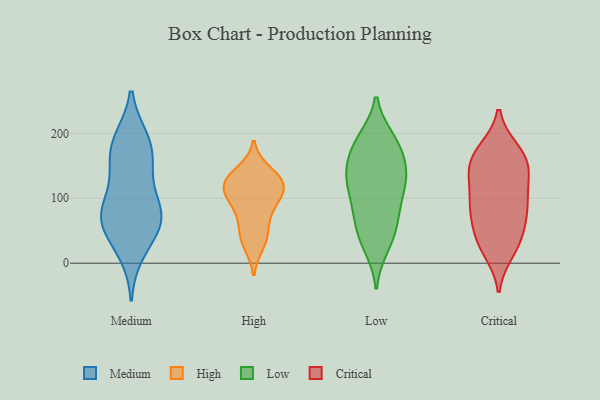
{"axis": {"x": "Headcount", "y": "Value"}, "legend": ["Critical", "High", "Low", "Medium"], "data": [{"x": "", "y": 67, "type": "Medium"}, {"x": "", "y": 173, "type": "Medium"}, {"x": "", "y": 189, "type": "Medium"}, {"x": "", "y": 155, "type": "Medium"}, {"x": "", "y": 74, "type": "Medium"}, {"x": "", "y": 187, "type": "Medium"}, {"x": "", "y": 83, "type": "Medium"}, {"x": "", "y": 18, "type": "Medium"}, {"x": "", "y": 69, "type": "Medium"}, {"x": "", "y": 132, "type": "Medium"}, {"x": "", "y": 79, "type": "Medium"}, {"x": "", "y": 46, "type": "Medium"}, {"x": "", "y": 87, "type": "High"}, {"x": "", "y": 29, "type": "High"}, {"x": "", "y": 124, "type": "High"}, {"x": "", "y": 108, "type": "High"}, {"x": "", "y": 49, "type": "High"}, {"x": "", "y": 126, "type": "High"}, {"x": "", "y": 38, "type": "High"}, {"x": "", "y": 98, "type": "High"}, {"x": "", "y": 74, "type": "High"}, {"x": "", "y": 141, "type": "High"}, {"x": "", "y": 128, "type": "High"}, {"x": "", "y": 112, "type": "High"}, {"x": "", "y": 126, "type": "High"}, {"x": "", "y": 113, "type": "Low"}, {"x": "", "y": 88, "type": "Low"}, {"x": "", "y": 132, "type": "Low"}, {"x": "", "y": 138, "type": "Low"}, {"x": "", "y": 72, "type": "Low"}, {"x": "", "y": 31, "type": "Low"}, {"x": "", "y": 43, "type": "Low"}, {"x": "", "y": 163, "type": "Low"}, {"x": "", "y": 177, "type": "Low"}, {"x": "", "y": 135, "type": "Low"}, {"x": "", "y": 192, "type": "Low"}, {"x": "", "y": 24, "type": "Low"}, {"x": "", "y": 121, "type": "Low"}, {"x": "", "y": 104, "type": "Low"}, {"x": "", "y": 72, "type": "Low"}, {"x": "", "y": 192, "type": "Low"}, {"x": "", "y": 190, "type": "Low"}, {"x": "", "y": 160, "type": "Low"}, {"x": "", "y": 58, "type": "Low"}, {"x": "", "y": 140, "type": "Low"}, {"x": "", "y": 88, "type": "Critical"}, {"x": "", "y": 19, "type": "Critical"}, {"x": "", "y": 149, "type": "Critical"}, {"x": "", "y": 158, "type": "Critical"}, {"x": "", "y": 37, "type": "Critical"}, {"x": "", "y": 124, "type": "Critical"}, {"x": "", "y": 126, "type": "Critical"}, {"x": "", "y": 30, "type": "Critical"}, {"x": "", "y": 81, "type": "Critical"}, {"x": "", "y": 168, "type": "Critical"}, {"x": "", "y": 166, "type": "Critical"}, {"x": "", "y": 70, "type": "Critical"}, {"x": "", "y": 173, "type": "Critical"}, {"x": "", "y": 88, "type": "Critical"}, {"x": "", "y": 35, "type": "Critical"}, {"x": "", "y": 86, "type": "Critical"}, {"x": "", "y": 137, "type": "Critical"}]}